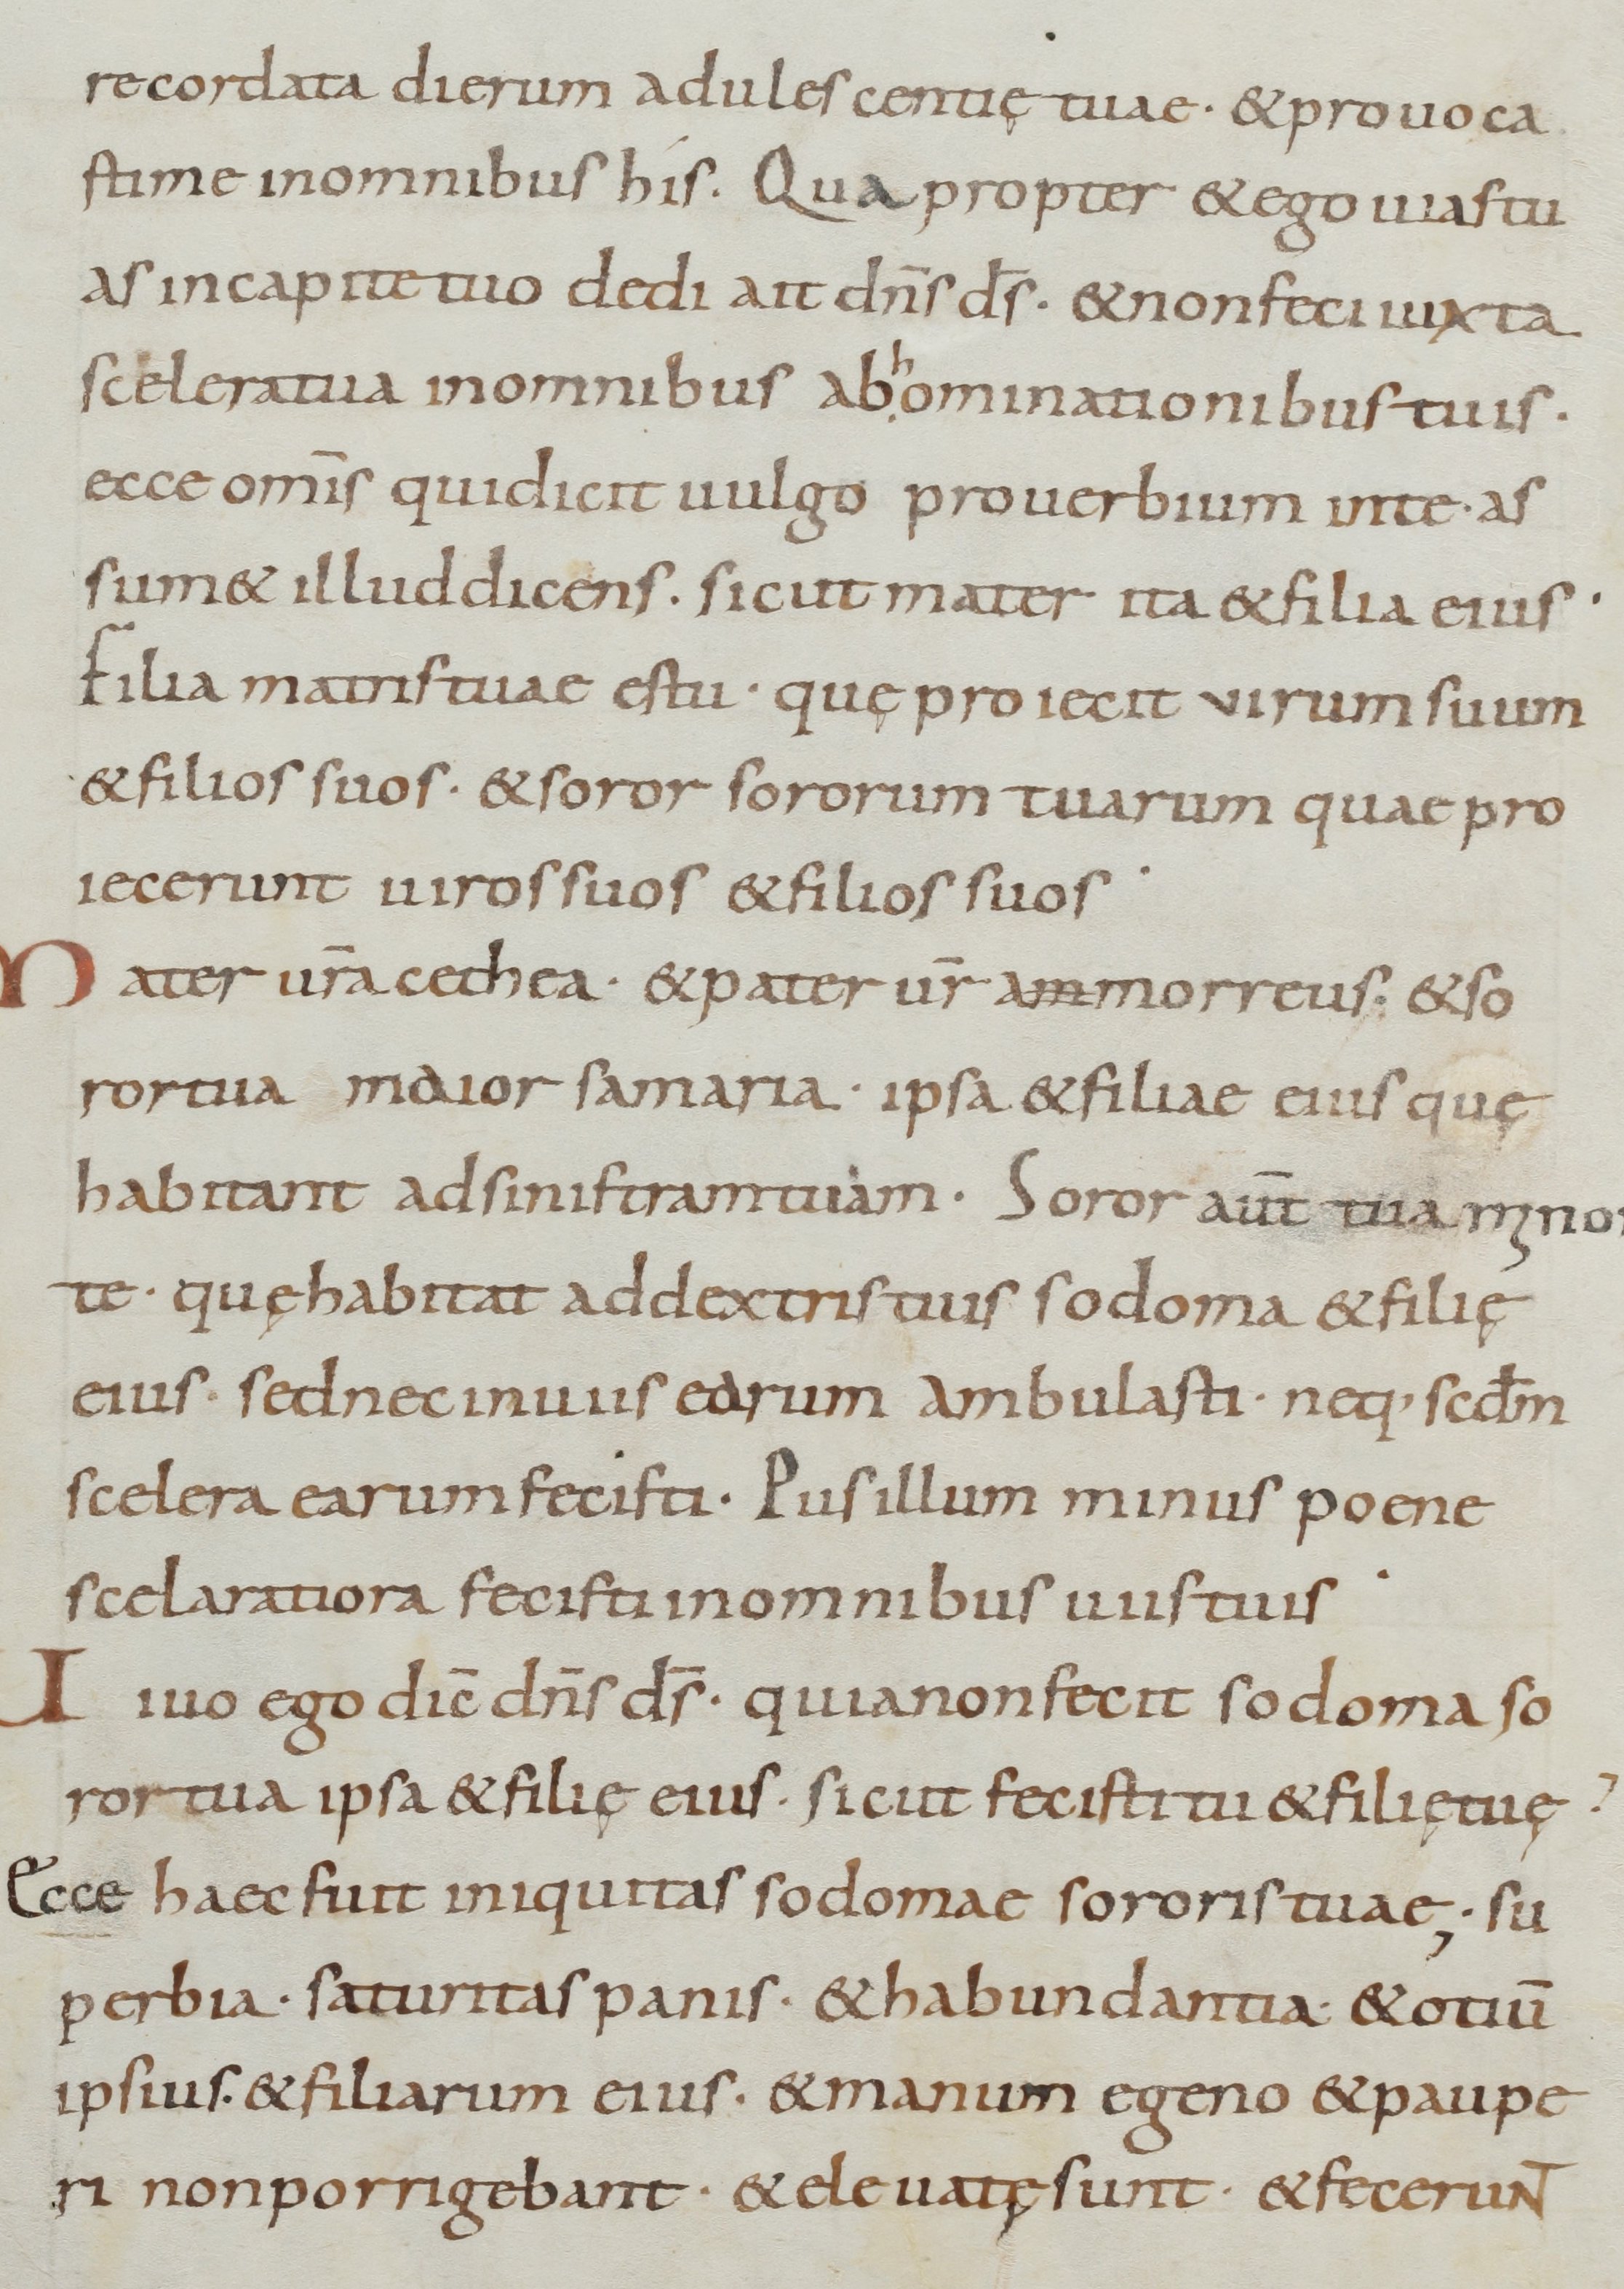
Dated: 800–899